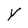
Character: Y